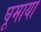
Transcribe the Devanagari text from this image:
घूमाया